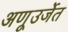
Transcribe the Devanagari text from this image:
अणूउर्जेत